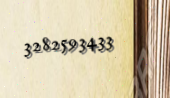
3282593433